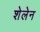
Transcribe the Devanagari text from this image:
शेलेन